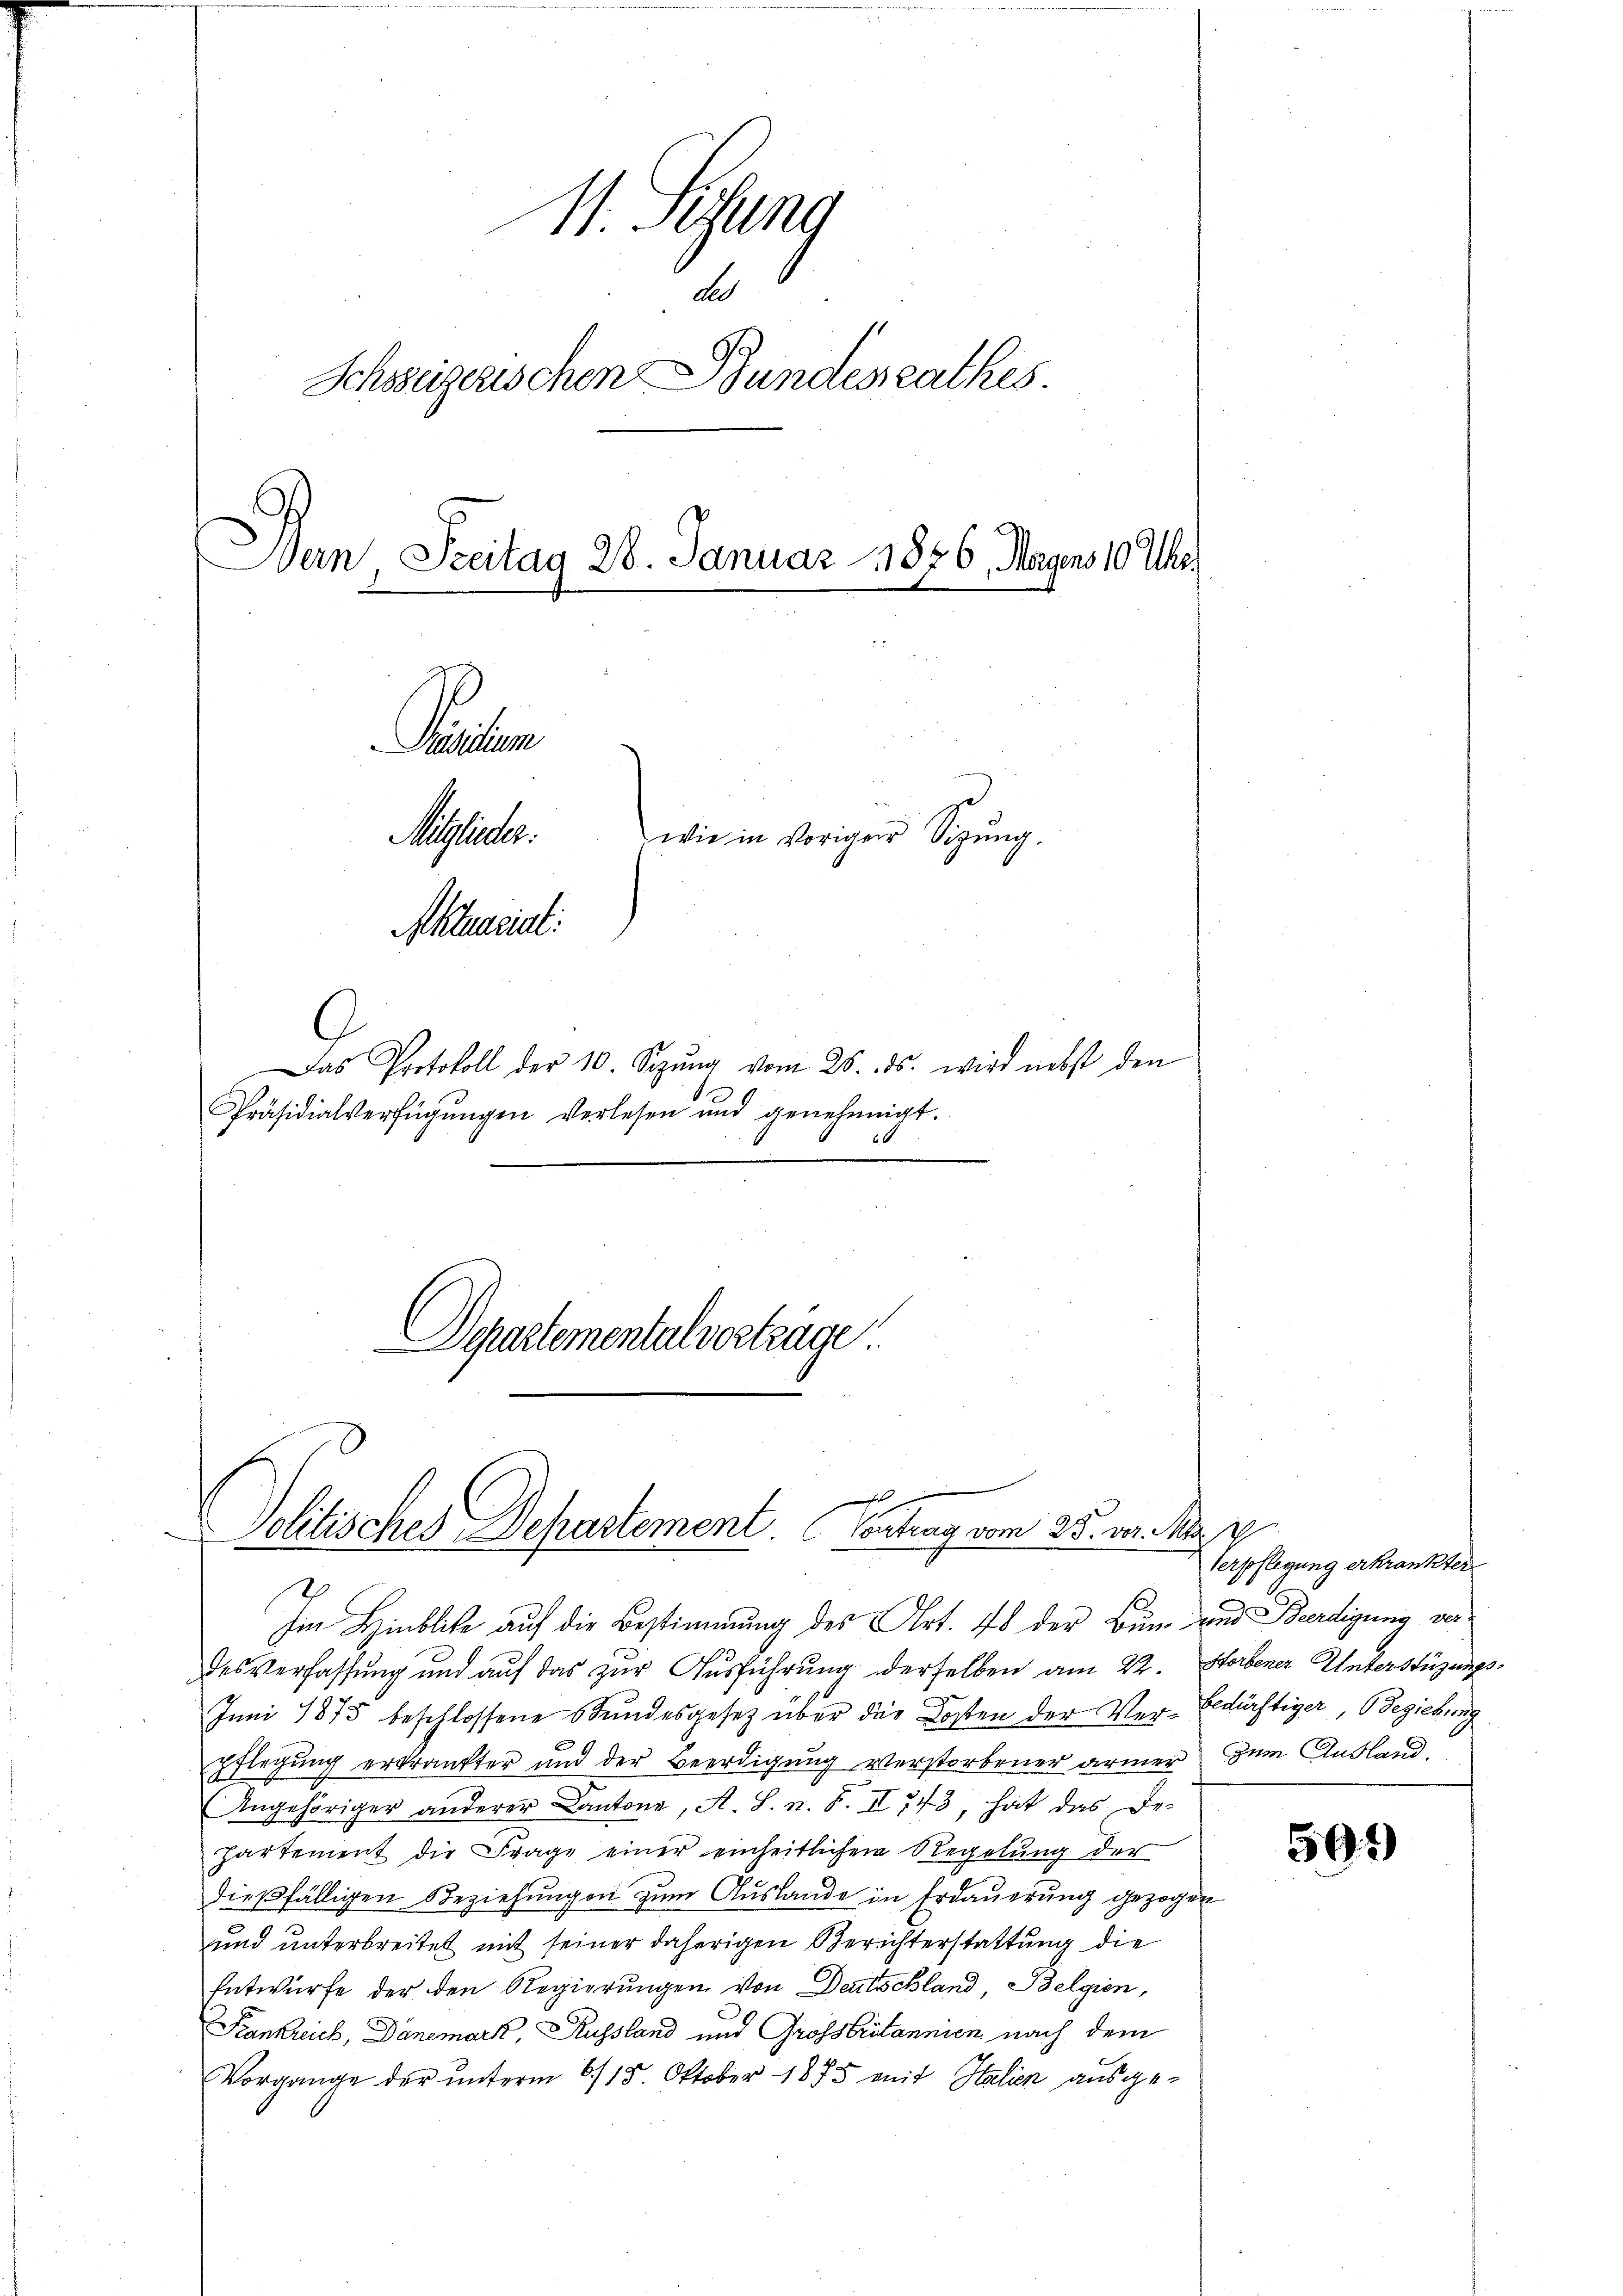
1. Sedung
d
Schweizerischen Bundesrathes.
Bern, Seeitag 28. Januar 1876. Morgens 10 Uhr.
Parten
Moser.
wie in voriger Sigŭng.
Aktuariat:
9
Das Protokoll der 10. Sezŭng vom 25. ds. wird nebst den
Präsidialverfügŭngen verlesen und genehmigt.
Departementalverträge

pflegung erkränkter und der Beerdigung verstorbener ärmer zum Ausland,
Angehöriger anderer Cantone, A. S. n. F. II 743, hat das De-
partement die Frage einer einheitlichen Regelŭng der
dießfälligen Beziehungen zum Auslande in Erdauerung gezogen
und unterbreitet mit seiner daherigen Berichterstattung die
Entwurfe der den Regierungen von Deutschland, Belgien,
Krankreich, Dänemark, Russland und Grossbritannien nach dem
Vorgange der unterm 6./15. Oktober 1875 mit Stalien ausge¬

h
Politisches Departement. Contrag vom 25. v. M. v.

Im Hinblicke auf die Bestimmung des Art. 48 der Bum und Ferdigung ver-
des Verfassung und auf das zur Ausführung derselben am 22. Sterbener Unterstüzungs¬
Juni 1875 beschlossene Stundesgesetz über die Kosten der Ver- bedürftiger, Beziehung

Verpflegung erkrankter

595)